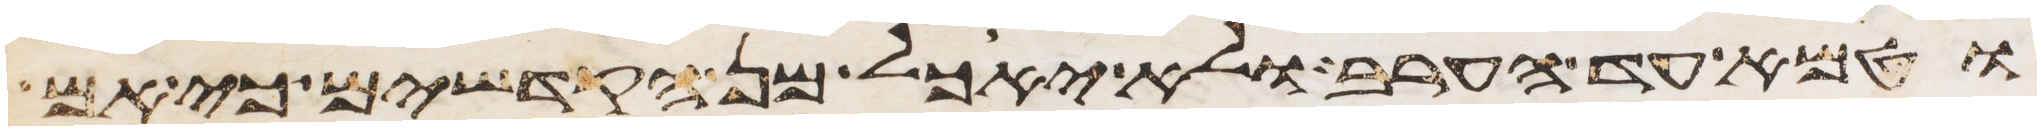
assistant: וטמא עד הערב ולא יאכל מן הקדשים כי אם